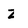
Character: z